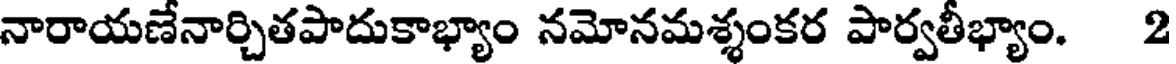
నారాయణేనార్చితపాదుకాభ్యాం నమోనమశ్శంకర పార్వతీభ్యాం. 2